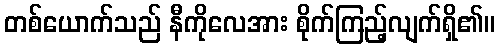
တစ်ယောက်သည် နီကိုလေအား စိုက်ကြည့်လျက်ရှိ၏။